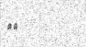
٤٣